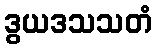
ဒွယဒသသတံ